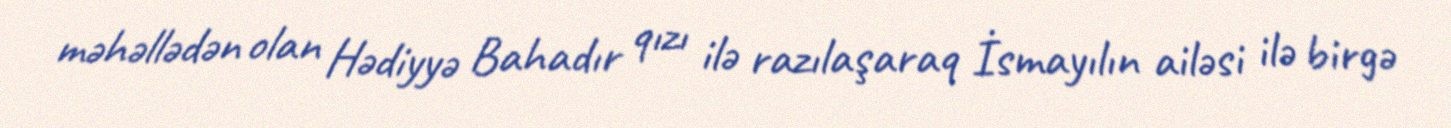
məhəllədən olan Hədiyyə Bahadır qızı ilə razılaşaraq İsmayılın ailəsi ilə birgə